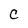
Character: C